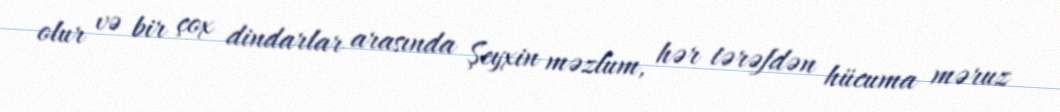
olur və bir çox dindarlar arasında Şeyxin məzlum, hər tərəfdən hücuma məruz